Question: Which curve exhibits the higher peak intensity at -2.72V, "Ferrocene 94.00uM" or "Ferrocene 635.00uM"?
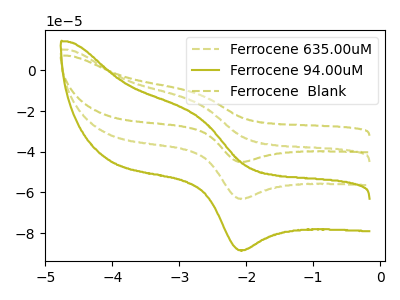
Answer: <think>The olive dashed curve "Ferrocene 635.00uM" has an anodic peak at (-2.70V, -16.35uA) and a cathodic peak at (-2.10V, -63.05uA). The olive curve "Ferrocene 94.00uM" has an anodic peak at (-2.70V, -22.90uA) and a cathodic peak at (-2.10V, -88.40uA). The olive dashed curve "Ferrocene  Blank" has an anodic peak at (-2.70V, -32.70uA) and a cathodic peak at (-2.10V, -126.10uA).</think>
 <answer>The peak at -2.72V is lower in "Ferrocene 94.00uM" than in "Ferrocene 635.00uM".</answer>
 <eval>lower</eval>